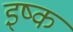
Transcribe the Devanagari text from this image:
इष्क